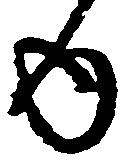
ゆ